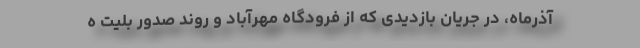
آذرماه، در جریان بازدیدی که از فرودگاه مهرآباد و روند صدور بلیت ه